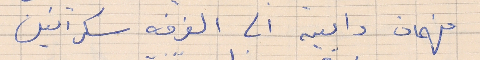
فهمان      وامين الى الغرفه سكرانين